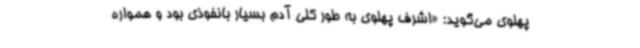
پهلوی می‌گوید: «اشرف پهلوی به‌ طور کلی آدم بسیار بانفوذی بود و همواره